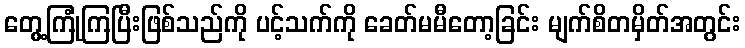
တွေ့ကြုံကြပြီးဖြစ်သည်ကို ပင့်သက်ကို ခေတ်မမီတော့ခြင်း မျက်စိတမှိတ်အတွင်း